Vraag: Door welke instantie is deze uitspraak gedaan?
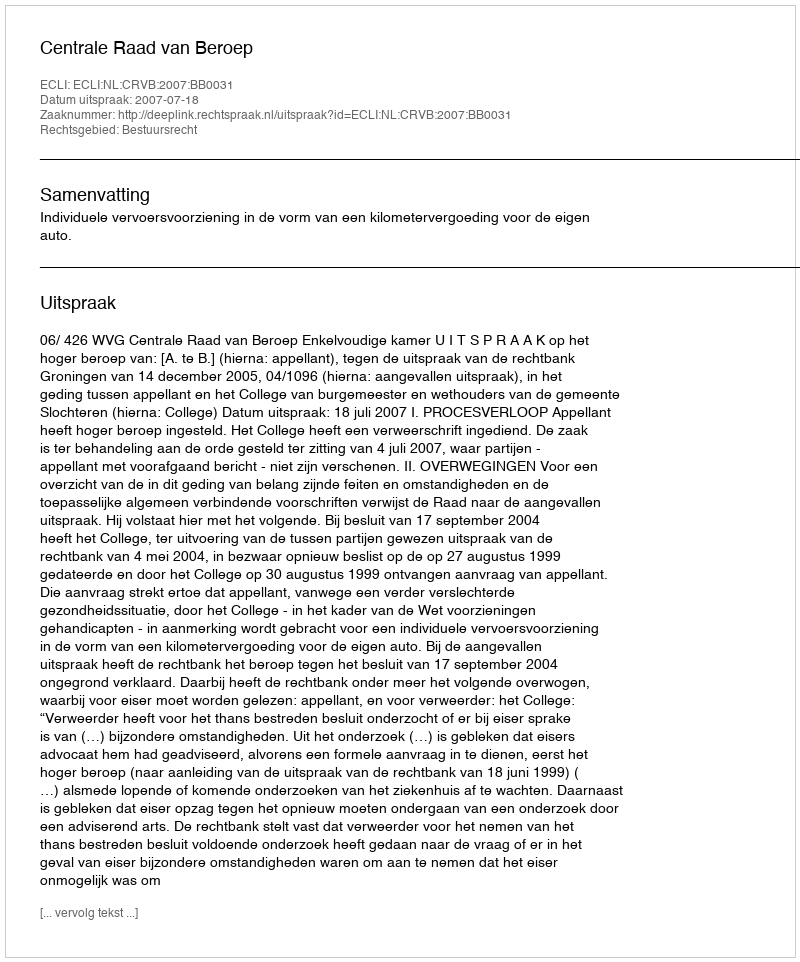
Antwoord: Centrale Raad van Beroep